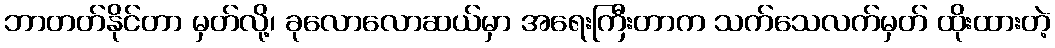
ဘာတတ်နိုင်တာ မှတ်လို့၊ ခုလောလောဆယ်မှာ အရေးကြီးတာက သက်သေလက်မှတ် ထိုးထားတဲ့